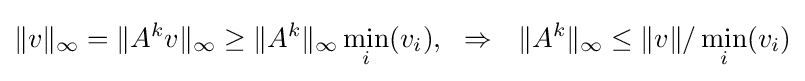
\|v\|_{\infty }=\|A^{k}v\|_{\infty }\geq \|A^{k}\|_{\infty }\min _{i}(v_{i}),~~\Rightarrow ~~\|A^{k}\|_{\infty }\leq \|v\|/\min _{i}(v_{i})